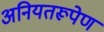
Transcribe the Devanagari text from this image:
अनियतरूपेण